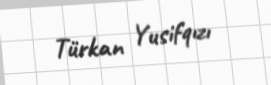
Türkan Yusifqızı